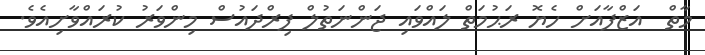
މާތް  އަޒްފާއަށް ހެޔޮ ރަޙުމަތް ލައްވައި ޖަންނަތުލް ފިރްދައުސް މިންވަރު ކުރައްވާށިއެވެ.